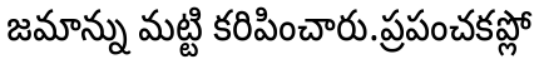
జమాన్ను మట్టి కరిపించారు.ప్రపంచకప్లో